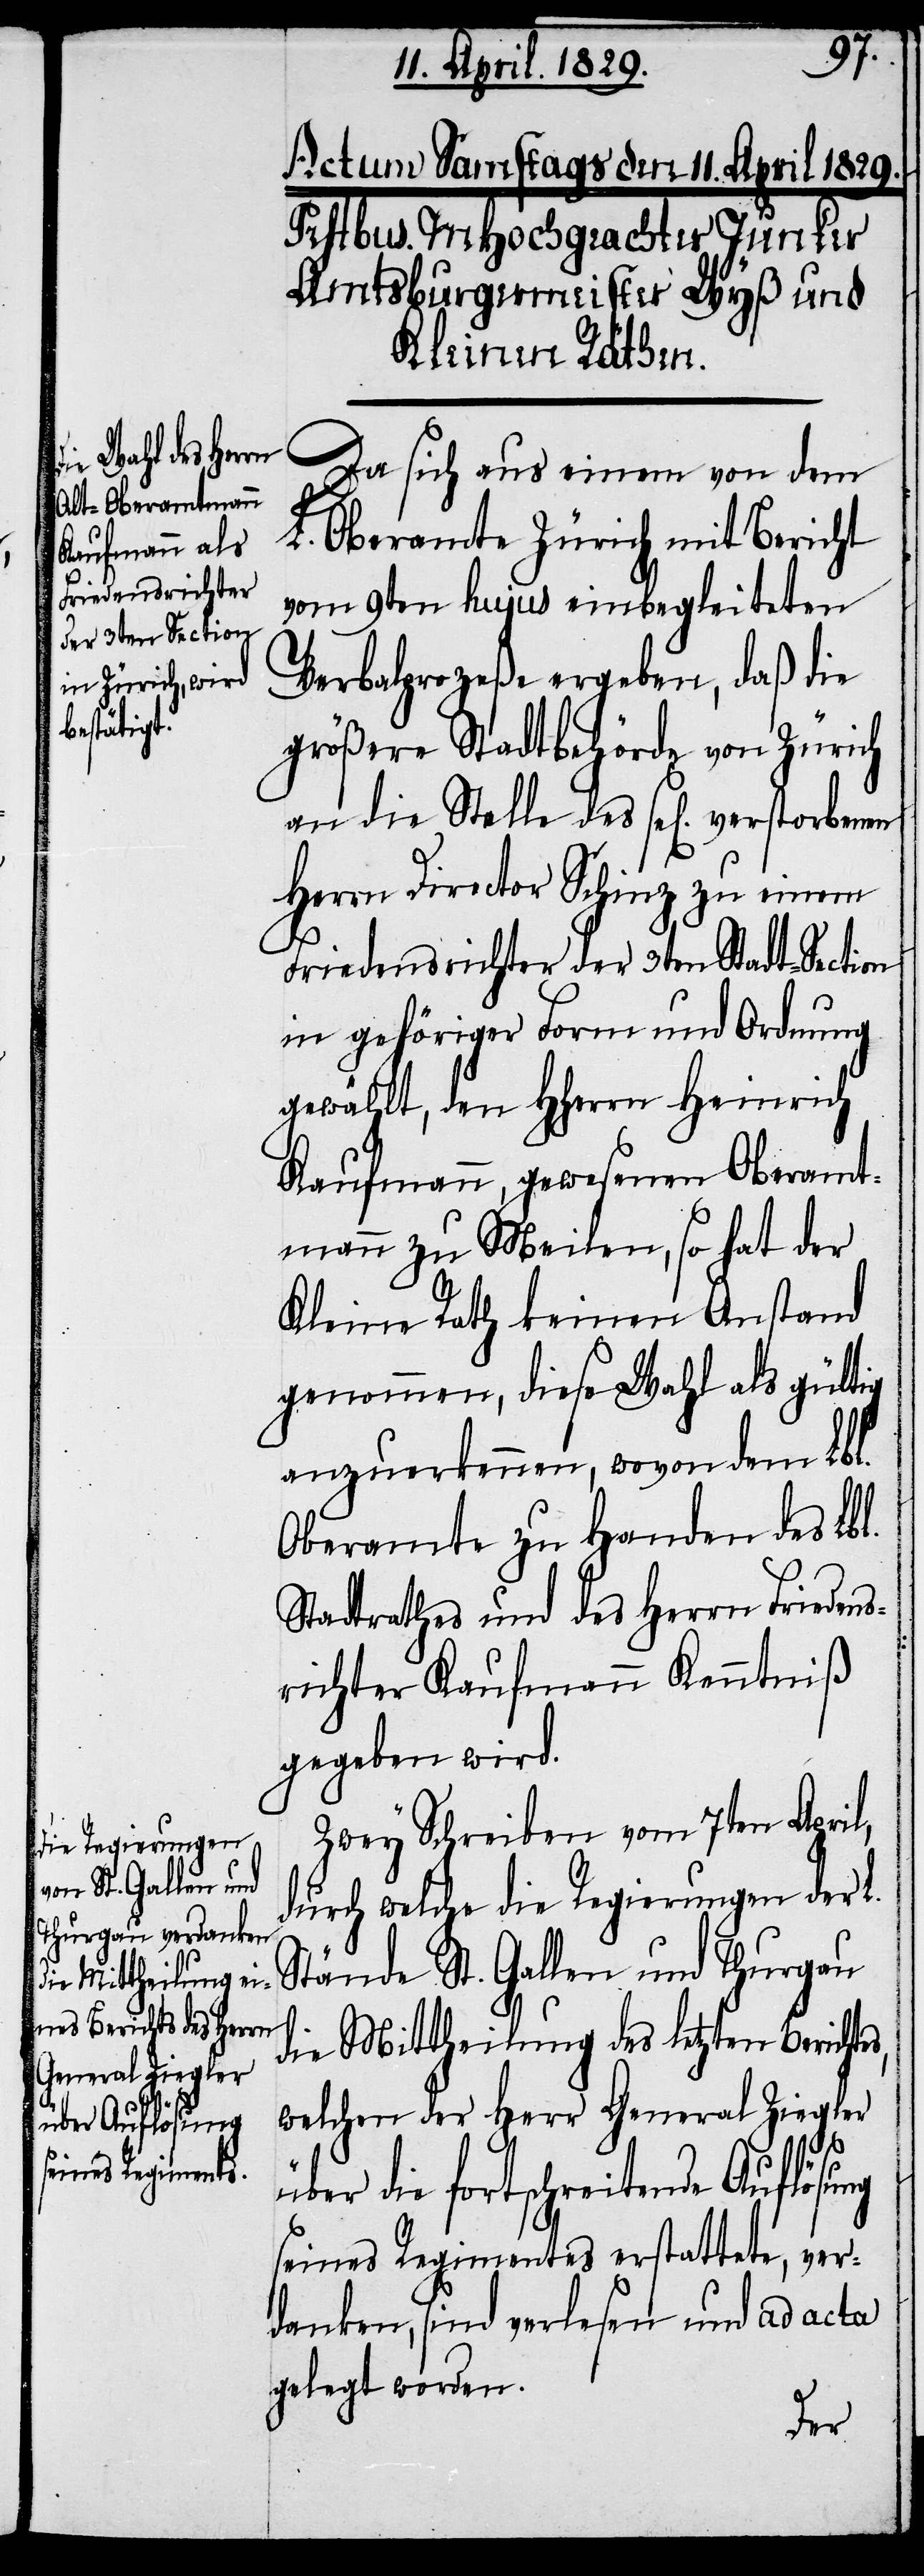
rn Friedens¬

Da sich aus einem von dem
L. Oberamte Zürich mit Bericht
vom 9ten hujus einbegleiteten
Verbalprozeße ergeben, daß die
größere Stadtbehörde von Zürich
Herrn Director Schinz zu einem
Friedensrichter der 3ten Stadt-Section
in gehöriger Form und Ordnung
gewählt, den HHerrn Heinrich
Kaufmann, gewesenen Oberamt¬
mann zu Meilen, so hat der
Kleine Rath keinen Anstand
genommen, diese Wahl als gültig
anzuerkennen, wovon dem Lbl.
Oberamte zu Handen des Her¬
richter Kaufmann Kenntniß
gegeben wird.
Zwey Schreiben vom 7ten April,
durch welche die Regierungen der
Stände St. Gallen und Thurgau
die Mittheilung des letzten Berichte¬
welchen der Herr General Ziegler
s,
über die fortschreitende Auflösung
seines Regimentes erstattete, ver¬
danken, sind verlesen und ad acta
gelegt worden.
des